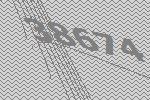
38674